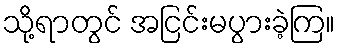
သို့ရာတွင် အငြင်းမပွားခဲ့ကြ။